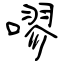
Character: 嘐